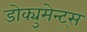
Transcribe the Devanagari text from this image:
डोक्युमेन्ट्स